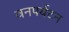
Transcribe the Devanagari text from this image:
वनपर्यटन